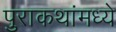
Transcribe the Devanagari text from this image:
पुराकथांमध्ये